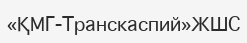
«ҚМГ-Транскаспий»ЖШС